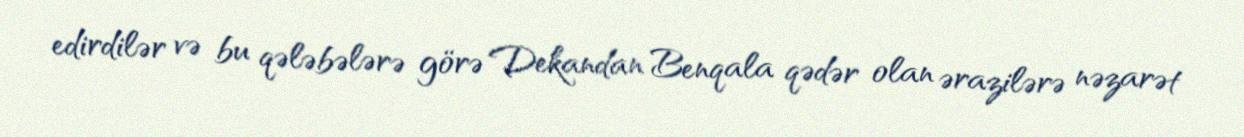
edirdilər və bu qələbələrə görə Dekandan Benqala qədər olan ərazilərə nəzarət